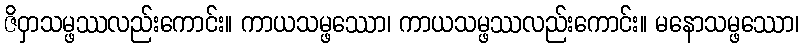
ဇိဝှာသမ္ဖဿလည်းကောင်း။ ကာယသမ္ဖဿော၊ ကာယသမ္ဖဿလည်းကောင်း။ မနောသမ္ဖဿော၊